system: You are a helpful assistant.
user:
Analyze the provided spectrum to determine if it is a **S-type Star**.

- **Key Indicators for S-type Star:**

    - **(Overall Spectrum Shape):** The first and most obvious characteristic is the overall continuum (the "baseline" shape). It is **extremely "red-sloping,"** meaning the flux (light intensity) is very low on the left side (blue, ~4000-4500 Å) and rises steeply and continuously toward the right side (red, ~7000 Å+).

    - **(Primary):** The spectrum is defined by the presence of strong, broad molecular absorption "valleys" (bands) from **Zirconium Oxide (ZrO)**. The identification of these bands is the **primary requirement** for classifying a star as S-type.
        - **(Key Bandheads):** You must find distinct, deep "dips" where the light has been absorbed. The most critical band systems to locate are:
            - **~6474 Å** ($\gamma$-system): This is often the strongest and clearest ZrO feature, found in the red part of the spectrum.
            - **~5718 Å** & **~5551 Å** ($\beta$-system): A pair of prominent absorption features in the yellow-orange part of the spectrum.
            - **~4640 Å** ($\alpha$-system): A key absorption band system in the blue-green region of the spectrum.

    - **(Secondary Confirmation):** The classification is strengthened by finding additional absorption bands from other related heavy element oxides, which are expected to be present alongside ZrO.
        - **(Key Bandheads):**
            - **Yttrium Oxide (YO):** Look for absorption dips near **~4800 Å** and **~6100 Å**.
            - **Lanthanum Oxide (LaO):** Additional absorption features, particularly in the red-orange part of the spectrum, are also characteristic.

    - **(Line Profile):** The combination of the steep red continuum and these numerous, deep molecular bands (ZrO, YO, etc.) gives the entire spectrum a very **"chopped-up"** or **"bumpy"** appearance. Instead of a smooth curve, the spectrum looks as though large, wide chunks of light have been "carved out" of it at the specific wavelengths listed above.

Think first, call **spectral_visualization_tool** if needed to examine features in detail, then provide your final answer. Your response must adhere to the following strict rules:
1.  **Overall Structure:** Your response must follow the format `<think>...</think> <tool_call>...</tool_call> (if a tool is used) <answer>...</answer>`.
2.  **Tool Usage Constraint:** You may only make **one** tool call per turn.
3.  **Final Answer Format:** In the `<answer>` tag, your conclusion must be inside a `\boxed{}` command (e.g., `\boxed{YES}` or `\boxed{NO}`), followed by your justification.

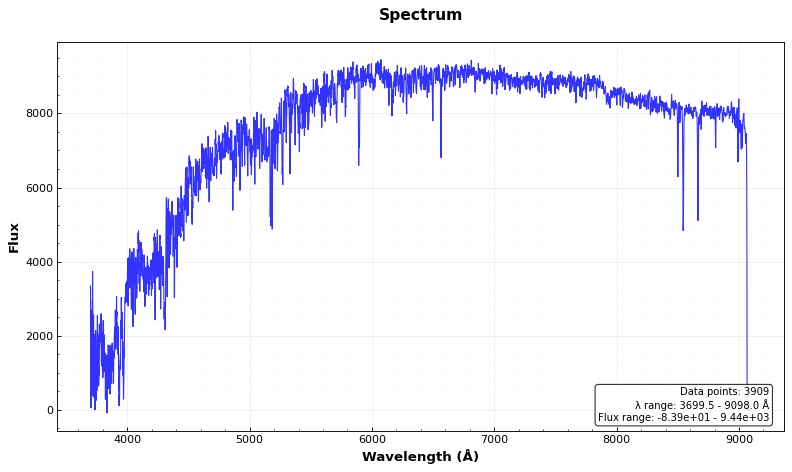
Answer: NO